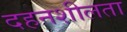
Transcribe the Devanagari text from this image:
दहनशीलता